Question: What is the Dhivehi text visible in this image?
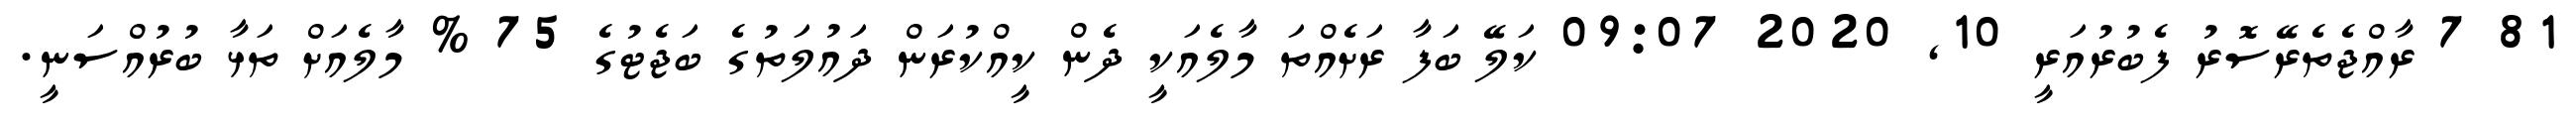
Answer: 81 7 ރާއްޖެތެރޭސޮރު ފެބުރުއަރީ 10, 2020 09:07 ކަލޭ ބަފާ ރަށެއްތަ މާލެއަކީ ދެން ކީއްކުރަން ދައުލަތުގެ ބަޖެޓުގެ 75 % މާލެއަށް ތަޅާ ބުރުއްސަނީ.